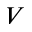
V